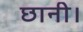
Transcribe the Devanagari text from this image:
छानी।